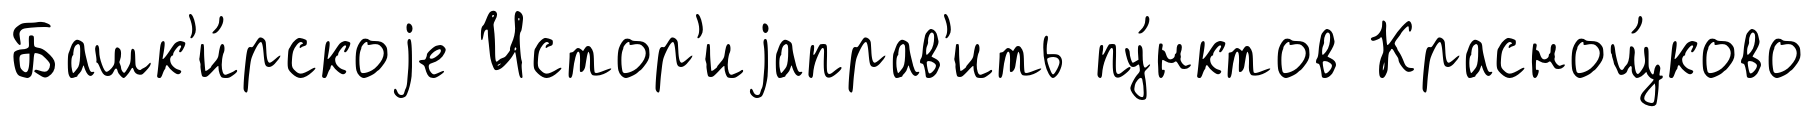
Башк'и́рскоjе Истор'иjаправ'ить пу́нктов Краснощ́ково